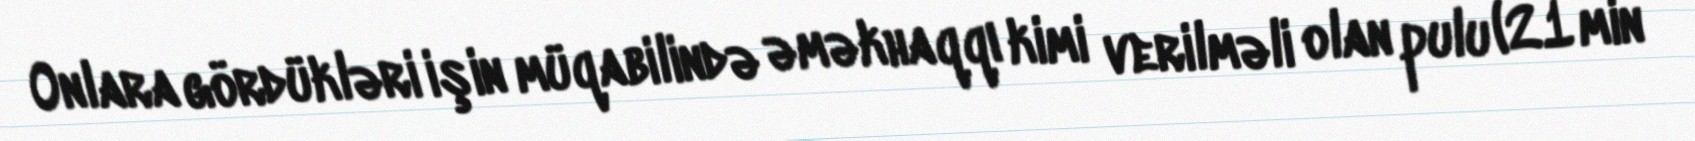
Onlara gördükləri işin müqabilində əməkhaqqı kimi verilməli olan pulu (21 min